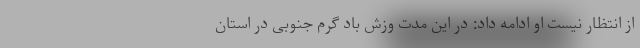
از انتظار نیست‌ او ادامه داد: در این مدت وزش باد گرم جنوبی در استان